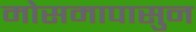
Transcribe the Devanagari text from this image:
मोसमापासुन